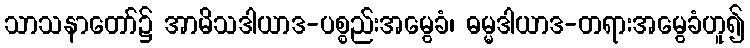
သာသနာတော်၌ အာမိသဒါယာဒ-ပစ္စည်းအမွေခံ၊ ဓမ္မဒါယာဒ-တရားအမွေခံဟူ၍